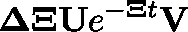
\mathbf { \Delta } \mathbf { \Xi } \mathbf { U } e ^ { - \mathbf { \Xi } t } \mathbf { V }